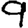
Digit: 9